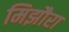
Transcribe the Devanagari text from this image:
मिझौरा